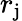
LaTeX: r_{\mathrm{j}}